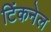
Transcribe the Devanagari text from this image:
टिंकनेल